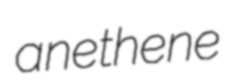
anethene